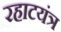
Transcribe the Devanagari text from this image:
रहाटयंत्र